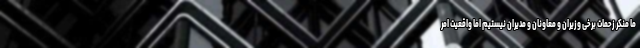
ما منکر زحمات برخی وزیران و معاونان و مدیران نیستیم اما واقعیت امر